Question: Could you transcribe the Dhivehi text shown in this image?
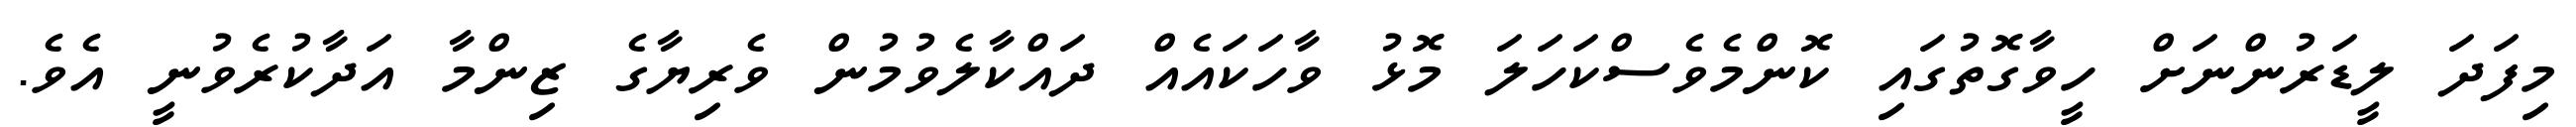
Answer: މިފަދަ ލީޑަރުންނަށް ހީވާގޮތުގައި ކޮންމެވެސްކަހަލަ މޮޅު ވާހަކައެއް ދައްކާލެވުމުން ވެރިޔާގެ ޒިންމާ އަދާކުރެވުނީ އެވެ.